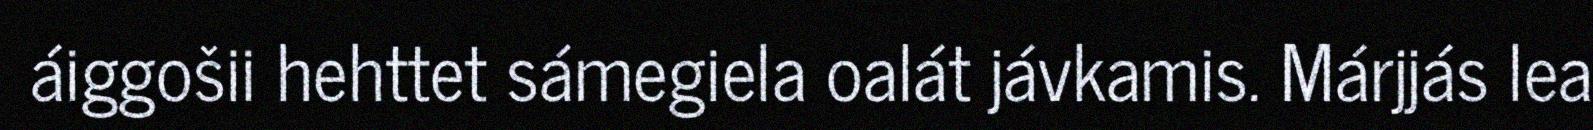
áiggošii hehttet sámegiela oalát jávkamis. Márjjás lea